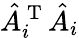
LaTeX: \hat{A}_{i}^{\mathrm{~T~}}\hat{A}_{i}